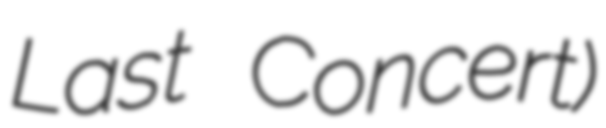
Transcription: Last Concert)